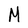
Character: M